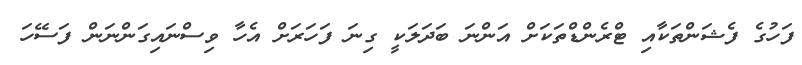
ފަހުގެ ފެޝަންތަކާއި ޓްރެންޑްތަކަށް އަންނަ ބަދަލަކީ ގިނަ ފަހަރަށް އެހާ ވިސްނައިގަންނަން ފަސޭހަ